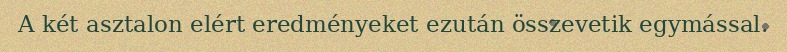
A két asztalon elért eredményeket ezután összevetik egymással.